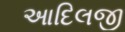
આદિલજી